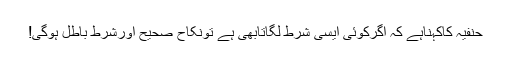
حنفیہ کاکہناہے کہ اگرکوئی ایسی شرط لگاتابھی ہے تونکاح صحیح اورشرط باطل ہوگی!